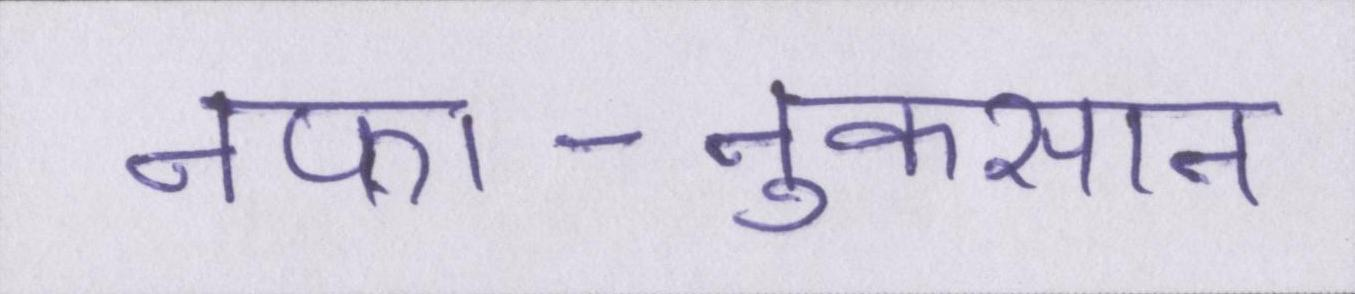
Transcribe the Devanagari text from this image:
नफा-नुकसान